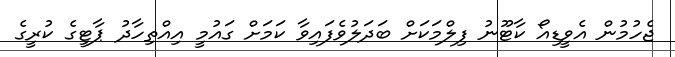
ޖެހުމުން އެވީޑިއޯ ކާޓޫނު ފިލްމަކަށް ބަދަލުވެފައިވާ ކަމަށް ގައުމީ އިއްތިހާދު ޕާޓީގެ ކުރީގެ